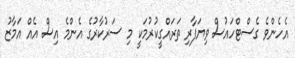
އެހެންވެ ގެސްޓްހައުސް ވިޔަފާރި ތަރައްގީކުރުމަކީ މި ސަރުކާރުގެ އެންމެ އިސް އެއް އަމާޒު